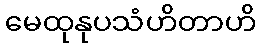
မေထုနုပသံဟိတာဟိ